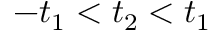
- t _ { 1 } < t _ { 2 } < t _ { 1 }